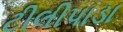
ટીલીપાડા